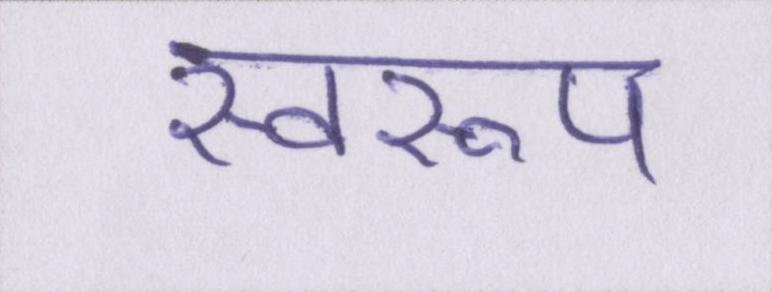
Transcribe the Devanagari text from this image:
स्वरूप